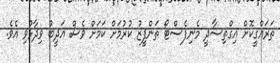
ތަރައްގީކޮށް އިގްތިސާދީ މެނިފެސްޓޯ ތަންފީޒު ކުރުމަށް ކަމަށް ވެސް އަދީބު ވިދާޅުވި އެވެ.